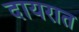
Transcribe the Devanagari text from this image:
दायरात